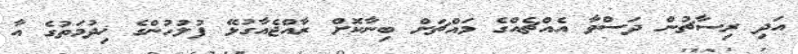
އަދި ރިސާޗުން ދަސްވާ އެއްޗެއްގެ މައްޗަށް ބިނާކޮށް ރާއްޖެއާގުޅޭ ފުލުހުންގެ ޚިދުމަތުގެ އާ